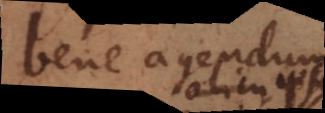
bene agendum